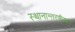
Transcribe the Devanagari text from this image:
स्थानान्तरणीयता